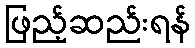
ဖြည့်ဆည်းရန်